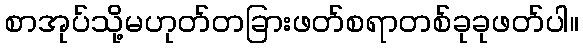
စာအုပ်သို့မဟုတ်တခြားဖတ်စရာတစ်ခုခုဖတ်ပါ။